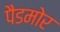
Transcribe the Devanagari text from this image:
पैडमोर